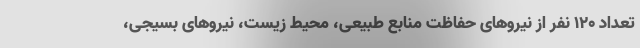
تعداد ۱۲۰ نفر از نیروهای حفاظت منابع طبیعی، محیط زیست، نیروهای بسیجی،